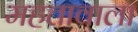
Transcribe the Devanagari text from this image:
महत्तावाला